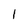
Character: l